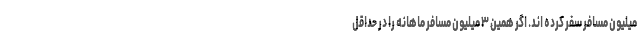
میلیون مسافر سفر کرده اند. اگر همین ۳ میلیون مسافر ماهانه را در حداقل